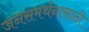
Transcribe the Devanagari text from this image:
जनसमर्थनासाठी